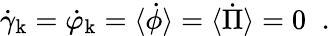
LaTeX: \dot{\gamma}_{\mathrm{k}}=\dot{\varphi}_{\mathrm{k}}=\langle\dot{\phi}\rangle=\langle\dot{\Pi}\rangle=0\; \; .